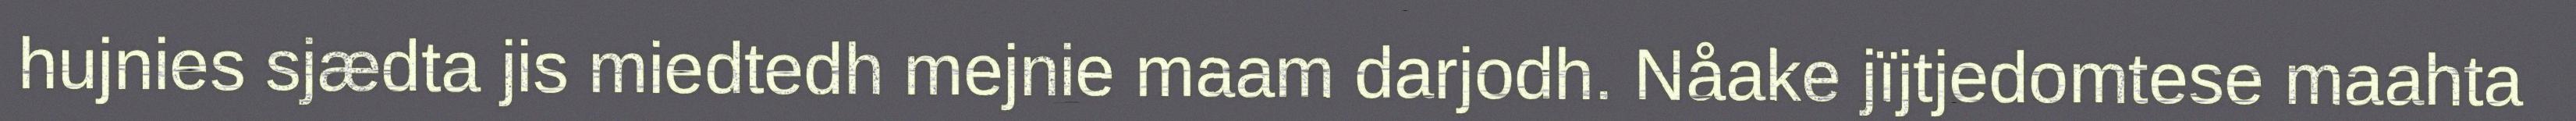
hujnies sjædta jis miedtedh mejnie maam darjodh. Nåake jïjtjedomtese maahta